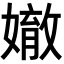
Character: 𡡠